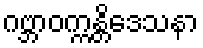
ဂဗ္ဘာဝက္ကန္တိဒေသနာ